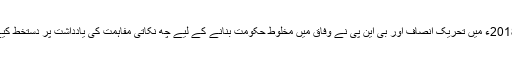
اگست 2018ء میں تحریک انصاف اور بی این پی نے وفاق میں مخلوط حکومت بنانے کے لیے چھ نکاتی مفاہمت کی یادداشت پر دستخط کیے تھے۔